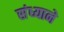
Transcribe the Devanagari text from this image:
संध्याने